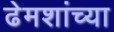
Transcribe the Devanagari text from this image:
ढेमशांच्या